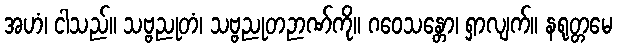
အဟံ၊ ငါသည်။ သဗ္ဗညုတံ၊ သဗ္ဗညုတဉာဏ်ကို။ ဂဝေသန္တော၊ ရှာလျက်။ နရုတ္တမေ